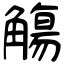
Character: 觴